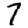
Digit: 7